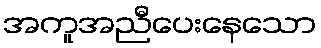
အကူအညီပေးနေသော